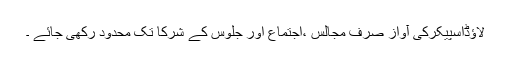
لاؤڈاسپیکرکی آواز صرف مجالس ،اجتماع اور جلوس کے شرکا تک محدود رکھی جائے ۔